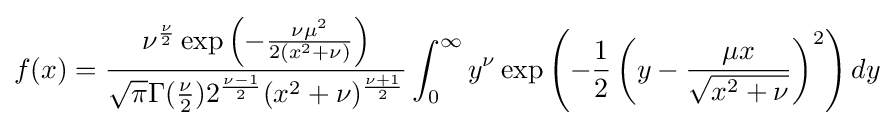
f(x)={\frac {\nu ^{\frac {\nu }{2}}\exp \left(-{\frac {\nu \mu ^{2}}{2(x^{2}+\nu )}}\right)}{{\sqrt {\pi }}\Gamma ({\frac {\nu }{2}})2^{\frac {\nu -1}{2}}(x^{2}+\nu )^{\frac {\nu +1}{2}}}}\int _{0}^{\infty }y^{\nu }\exp \left(-{\frac {1}{2}}\left(y-{\frac {\mu x}{\sqrt {x^{2}+\nu }}}\right)^{2}\right)dy